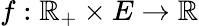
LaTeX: f:\mathbb{R}_{+}\times E\to\mathbb{R}